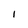
Character: I